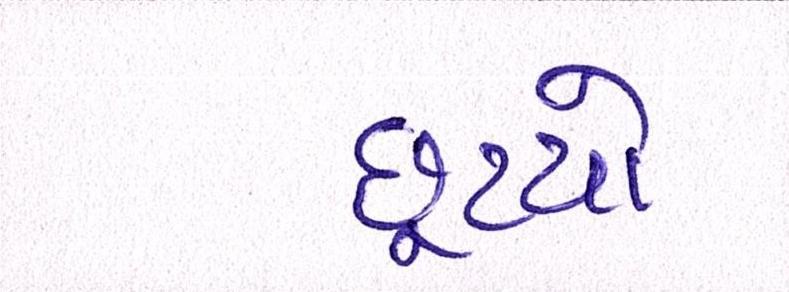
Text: છૂટયો